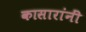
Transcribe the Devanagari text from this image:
कासारांनीं